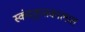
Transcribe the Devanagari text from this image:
स्कंदगुप्तकालात